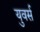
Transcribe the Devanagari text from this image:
युवर्स